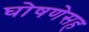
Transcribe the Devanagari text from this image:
घोषणेसह